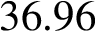
3 6 . 9 6